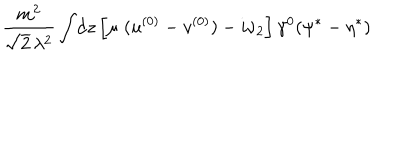
\frac { m ^ { 2 } } { \sqrt { 2 } \, \lambda ^ { 2 } } \int \! \mathrm { d } z \left[ \mu \; ( u ^ { ( 0 ) } - v ^ { ( 0 ) } ) - i \nu _ { 2 } \right] \gamma ^ { 0 } ( \psi ^ { * } - \eta ^ { * } )